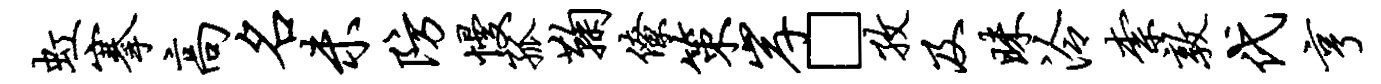
虹搴高名未防慢孤鞠僚策岸□孜及昧泠柰敦代亨